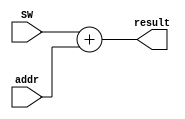
module addprev_addr_w_sw(SW, addr, result);
	input [9:0] SW, addr;
	output [9:0] result;
	
	reg [9:0] result;
	
	always @ (SW or addr)
		result <= SW + addr;
		
		
endmodule